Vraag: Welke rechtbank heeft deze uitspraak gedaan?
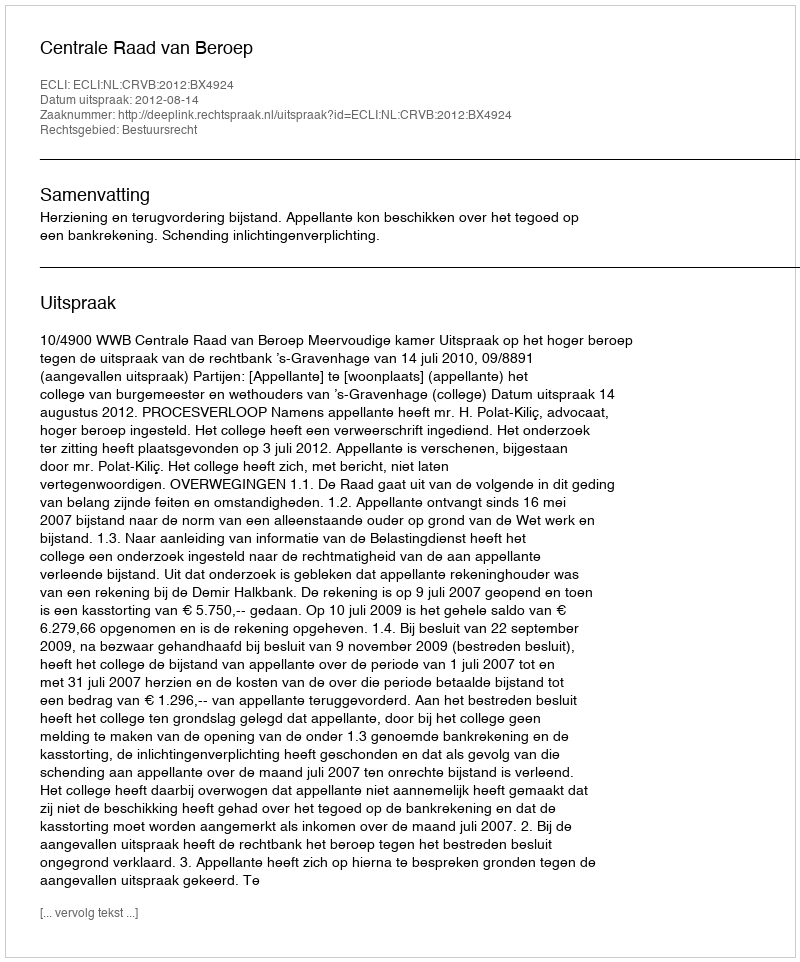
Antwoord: Centrale Raad van Beroep